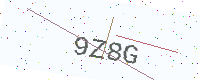
Text: 9Z8G